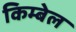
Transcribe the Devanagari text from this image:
किम्बेल